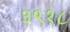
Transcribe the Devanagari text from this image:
३९१८